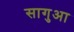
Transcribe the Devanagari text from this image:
सागुआ